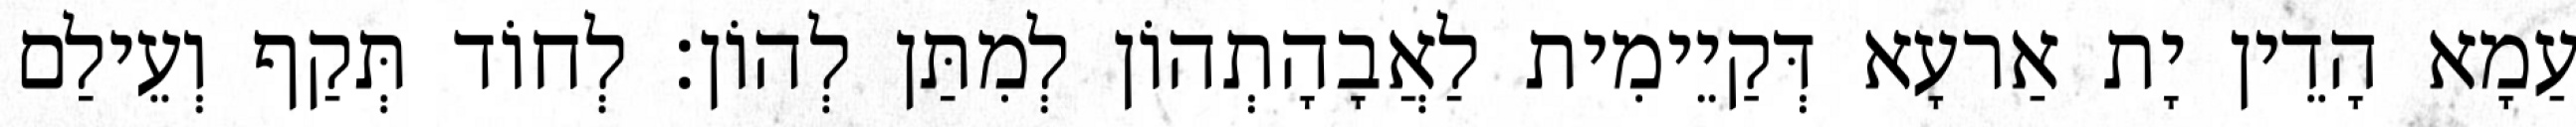
עַמָא הָדֵין יָת אַרעָא דְּקַיֵימִית לַאֲבָהָתְהוֹן לְמִתַּן לְהוֹן׃ לְחוֹד תְּקַף וְעֵילַם